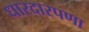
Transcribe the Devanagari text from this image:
धारदारपणा